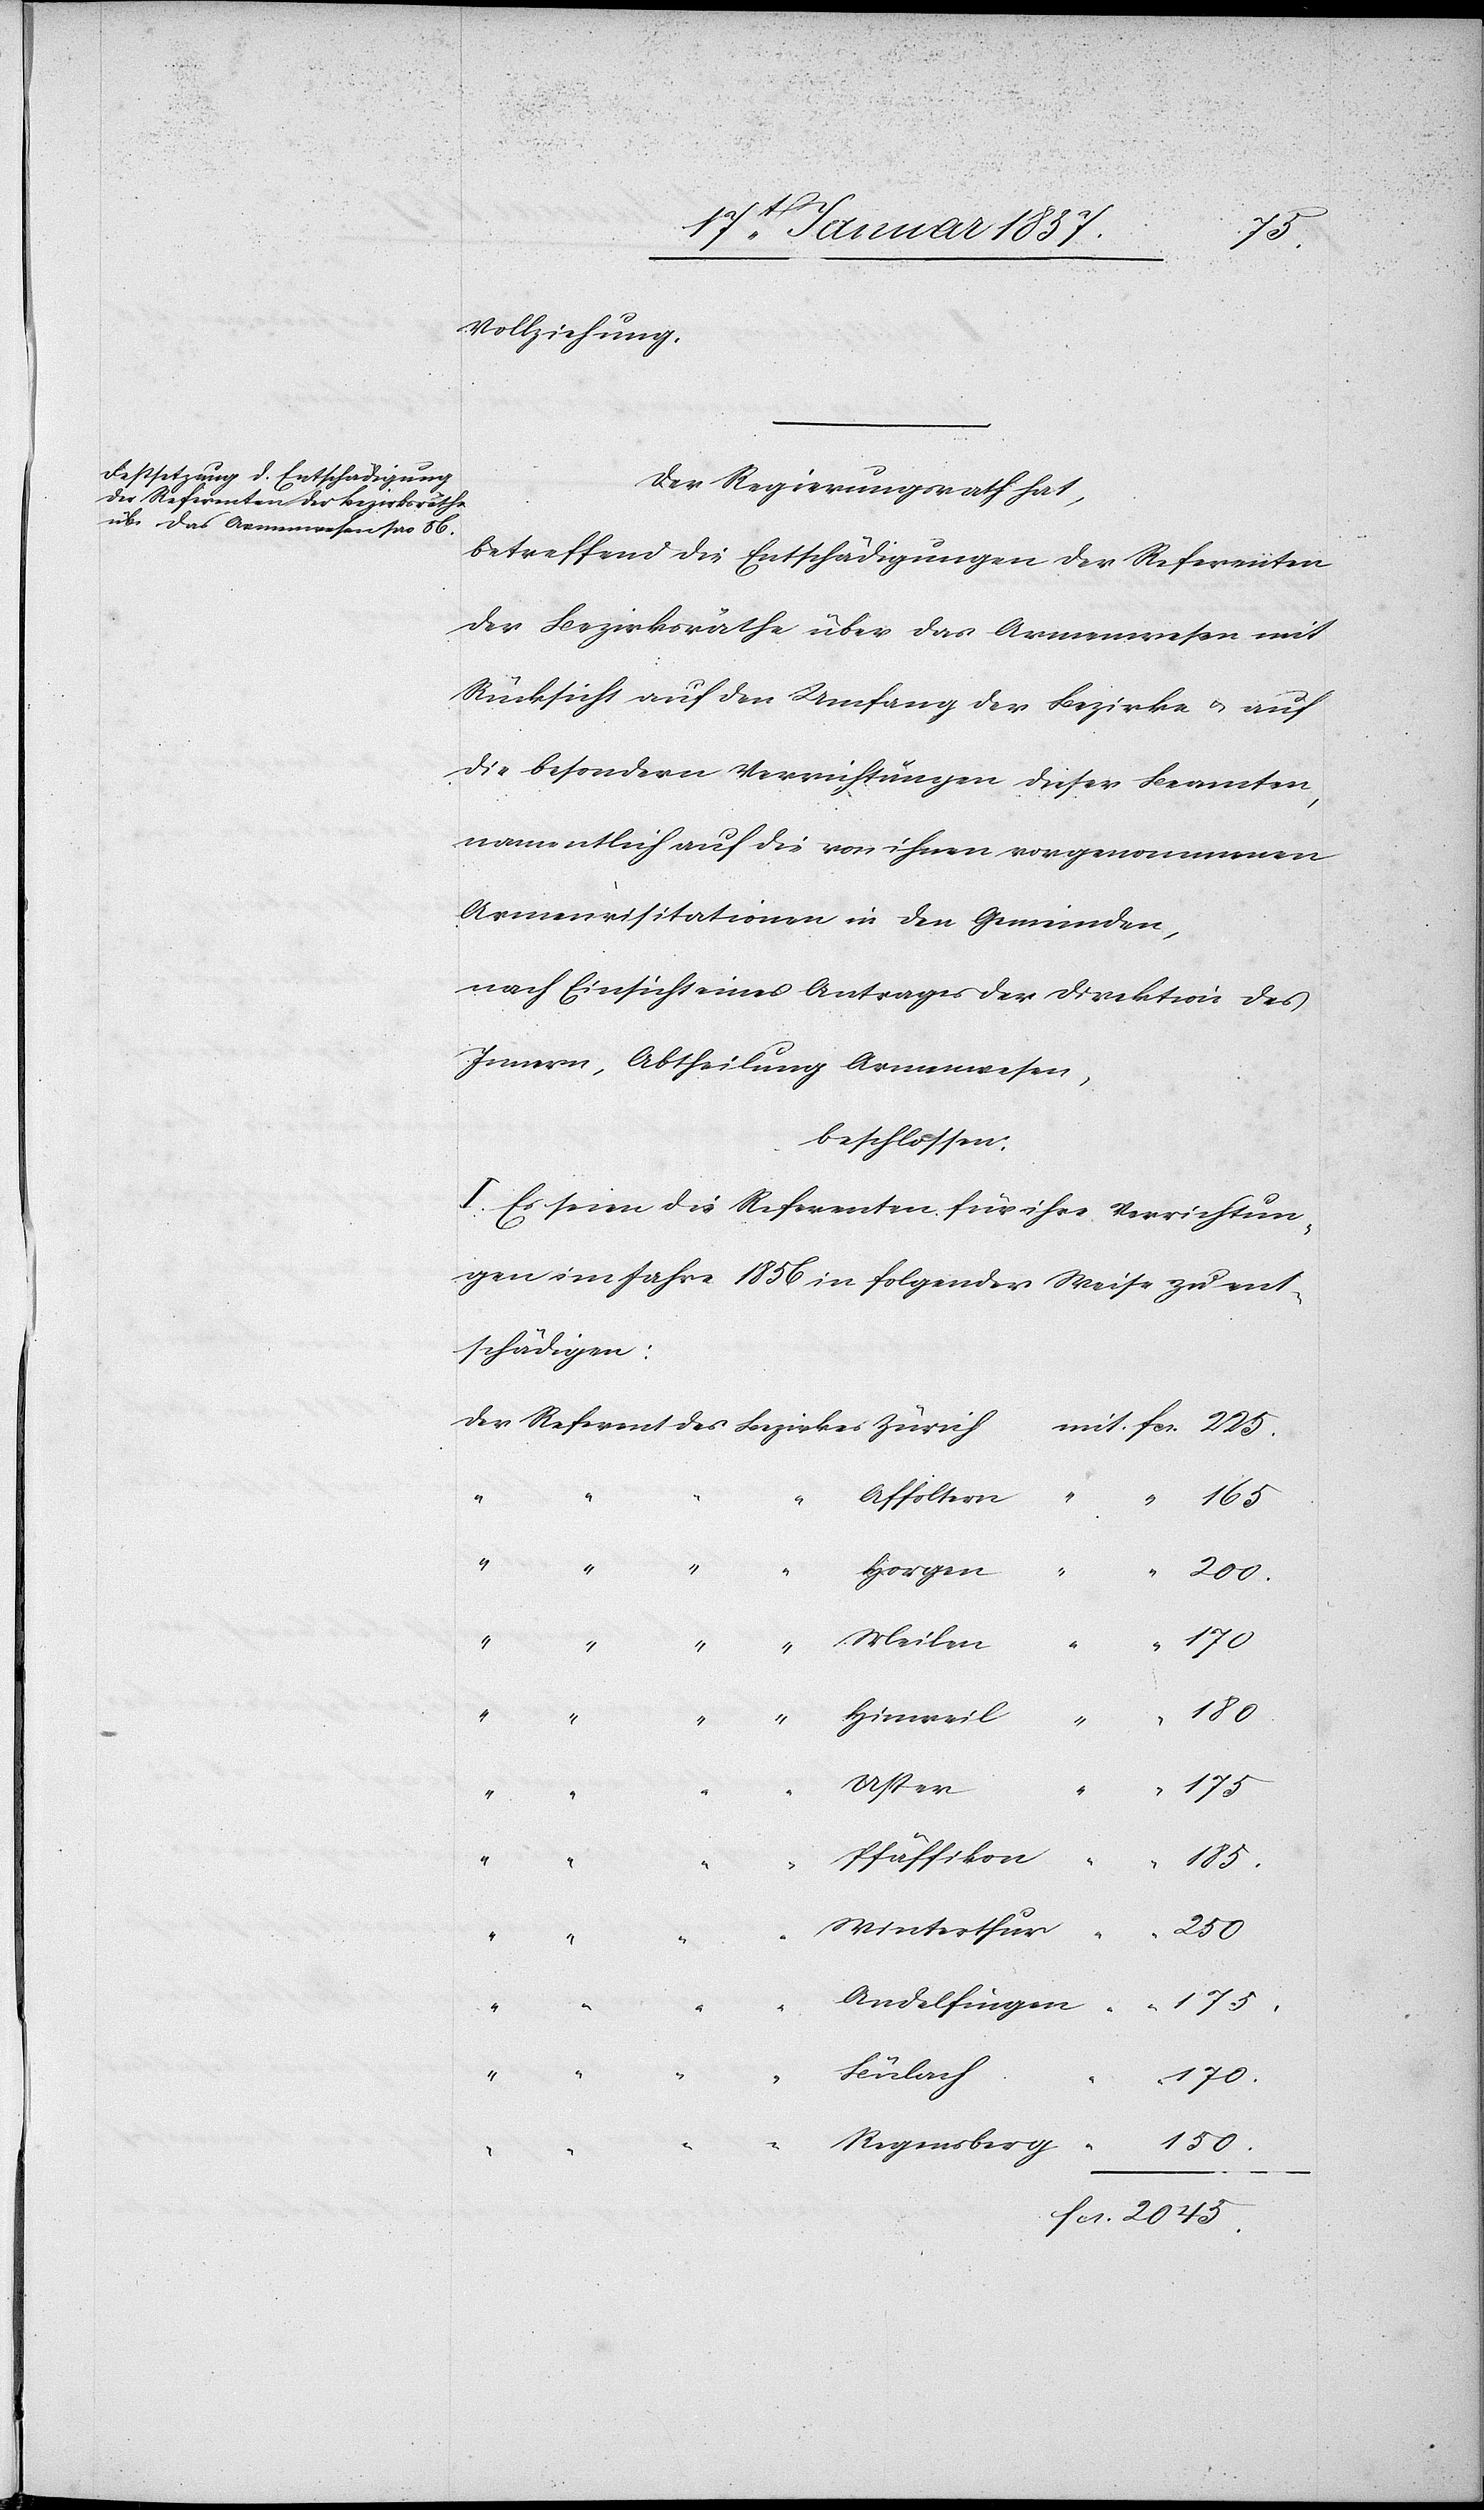
“

150.
Vollziehung.
Der Regierungsrath hat,
betreffend die Entschädigung der Referenten
der Bezirksräthe über das Armenwesen mit
Rücksicht auf den Umfang der Bezirke & auf
die besondern Verrichtungen dieser Beamten,
namentlich auf die von ihnen vorgenommenen
Armenvisitationen in den Gemeinden,
nach Einsicht eines Antrages der Direktion des
Innern, Abtheilung Armenwesen,
beschlossen:
I. Es seien die Referenten für ihre Verrichtun¬
gen im Jahre 1856 in folgender Weise zu ent¬
schädigen:
erthur
2045.
Bülach
170.